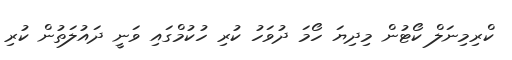
ކްރިމިނަލް ކޯޓުން މިދިޔަ ހޯމަ ދުވަހު ކުރި ހުކުމްގައި ވަނީ ދައުލަތުން ކުރި